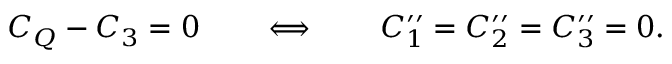
C _ { Q } - C _ { 3 } = 0 \qquad \Longleftrightarrow \qquad C _ { 1 } ^ { \prime \prime } = C _ { 2 } ^ { \prime \prime } = C _ { 3 } ^ { \prime \prime } = 0 .